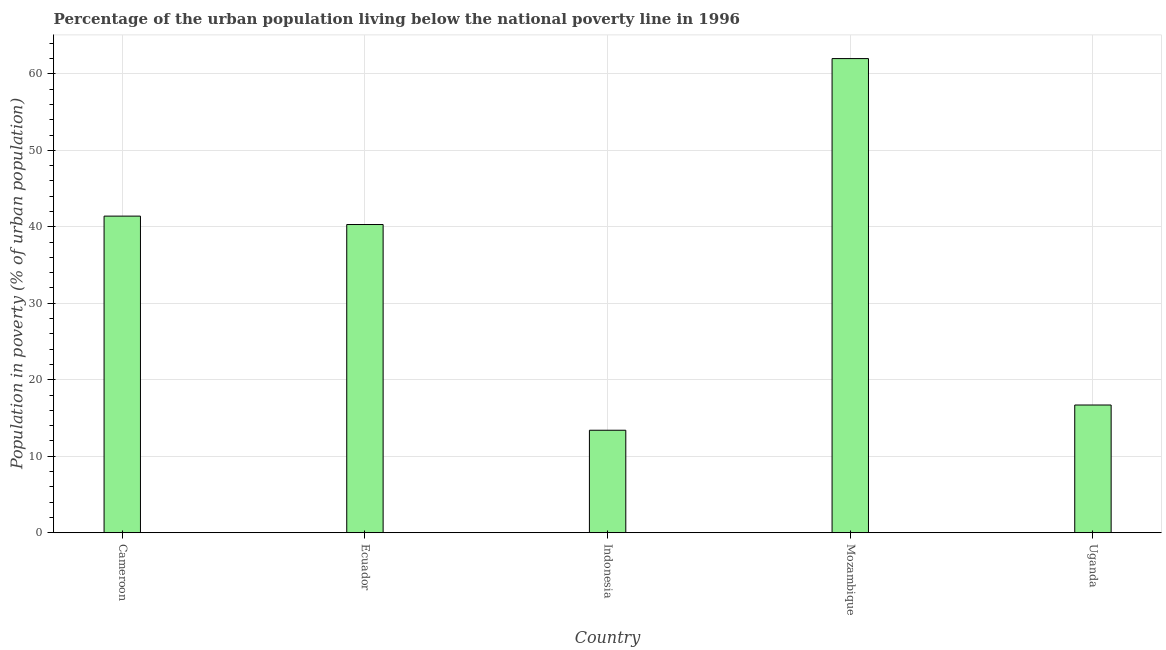
| Country | Urban poverty headcount ratio |
 | --- | --- |
 | Cameroon | 41.4 |
 | Ecuador | 40.3 |
 | Indonesia | 13.4 |
 | Mozambique | 62 |
 | Uganda | 16.7 |